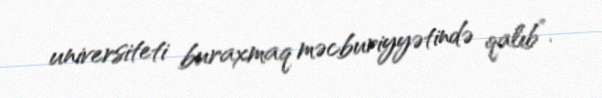
universiteti buraxmaq məcburiyyətində qalıb”.